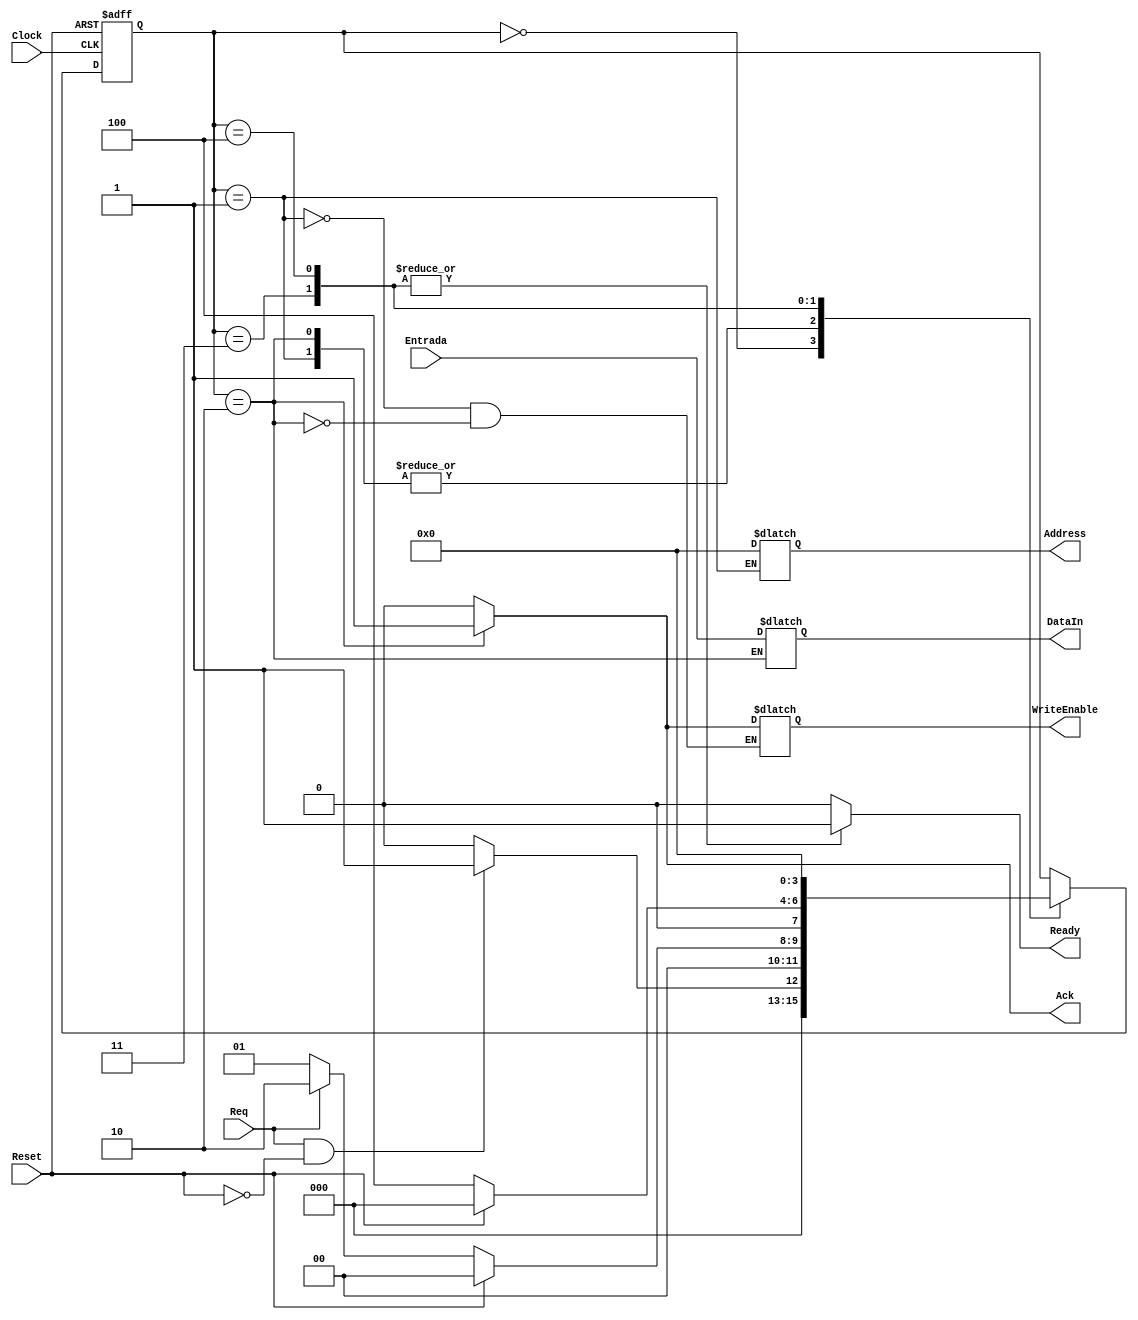
module receiver (output reg [15:0] DataIn,
output reg [3:0] Address,
output reg WriteEnable,
input Clock,
input Reset,
output reg Ready,
input Req,
output reg Ack,
input [15:0] Entrada);

//output reg WriteEnable, Ready, Ack;
////Endereos de memoria
//output reg [3:0] Address;
////Saida para a memoria
//output reg [15:0] DataIn;
//



//input [15:0] Entrada;
//input Clock, Reset, Req;

reg		 CountFlag;
reg [3:0] CountAddress;
reg [3:0] Estado;


parameter 	StateReset 			= 0,
				RecebeDados 		= 1,
				GravaDado			= 2,
				StateReady			= 3,
				StateReadyCount	= 4;

// Estado inicial
initial begin
	Estado <= StateReset; 
end


// Decodificador de proximo estado
always @(posedge Clock, posedge Reset)
	begin
	if(Reset == 1)
			Estado <= StateReset;
	else
		begin
		case(Estado)
		
			StateReset: 
				begin
				
					//
				
					if(Req == 1 && Reset == 0) 
						Estado <= RecebeDados;
					else 
						Estado <= StateReset;
					
				end
			RecebeDados: 
				begin
				
					//
					if(Reset == 1)
						Estado <= StateReset;
						
					else if(CountAddress == 0 && CountFlag == 1'b1)
						Estado <= StateReady;
						
					else if(Req == 1)
						Estado <= GravaDado;
					
					else Estado <= RecebeDados;
					
				end
			GravaDado:
				begin
					//
					
					if(Reset == 1)
						Estado <= StateReset;
					
					else if(Req == 0)
						Estado <= RecebeDados;
						
					else Estado <= GravaDado;
				
				end
			StateReady:
				begin
				
					if(Reset == 1)
						Estado <= StateReset;
							
					else Estado <= StateReadyCount;
					
				end
				
			StateReadyCount:
				begin
				
					Estado <= StateReset;
					
				end
		
		
		endcase
		
		end
	
	end
	
// Decodificador de Saida
always @(Estado)
	begin
				
		// atribuies default		
				CountAddress = 0;
				Ack = 0;
				Ready = 0;
				CountFlag = 0;
				
				
	case(Estado)
		
		StateReset: 
			begin
			
				//
				CountAddress = 0;
				Ack = 0;
				Ready = 0;
				CountFlag = 0;
				
			end
		RecebeDados: 
			begin
			
				//
				Address = CountAddress;
				Ack = 0;
				WriteEnable = 0;
				
			end
		GravaDado:
			begin
				//
				
				WriteEnable = 1;
				DataIn = Entrada;
				
				Ack = 1;
				CountAddress = CountAddress + 1'b1;
				
				if(CountAddress == 15) 
					CountFlag = 1;
			
			end
		StateReady:
			begin
				Ready = 1;
			end
			
		StateReadyCount:
			begin
				Ready = 1;
			end
		
		endcase
	
	end

endmodule